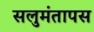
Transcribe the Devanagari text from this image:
सलुमंतापस